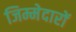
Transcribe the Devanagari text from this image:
जिम्मेदारों